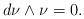
LaTeX: \begin{align*} d\nu \wedge \nu = 0.\end{align*}